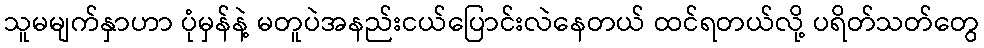
သူမမျက်နှာဟာ ပုံမှန်နဲ့ မတူပဲအနည်းငယ်ပြောင်းလဲနေတယ် ထင်ရတယ်လို့ ပရိတ်သတ်တွေ